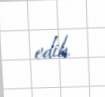
edib.